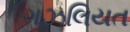
ગઝલિયત